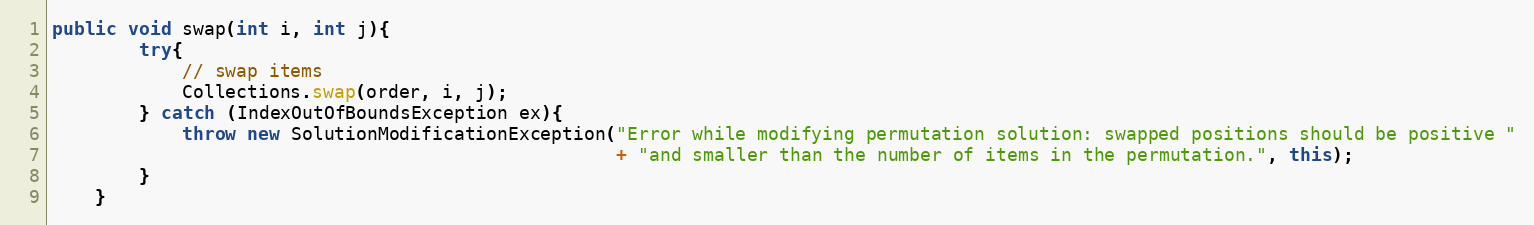
Language: Java
public void swap(int i, int j){
        try{
            // swap items
            Collections.swap(order, i, j);
        } catch (IndexOutOfBoundsException ex){
            throw new SolutionModificationException("Error while modifying permutation solution: swapped positions should be positive "
                                                    + "and smaller than the number of items in the permutation.", this);
        }
    }